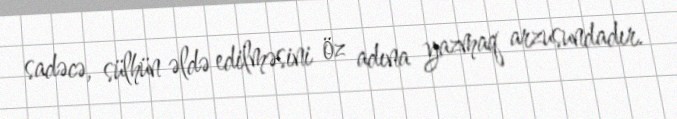
sadəcə, sülhün əldə edilməsini öz adına yazmaq arzusundadır.